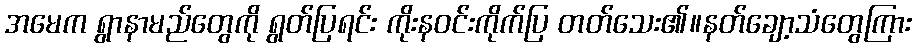
အမေက ရွာနာမည်တွေကို ရွတ်ပြရင်း ကိုးနဝင်းကိုက်ပြ တတ်သေး၏။နတ်ချော့သံတွေကြား